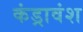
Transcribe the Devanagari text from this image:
कंड्रावंश